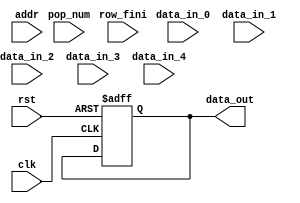
module Mem_5_in(data_out, addr, clk, rst, pop_num, row_fini,
                data_in_0,  data_in_1,  data_in_2,  data_in_3,  data_in_4 
                );

parameter WORD_WIDTH = 16;
parameter ADDR_WIDTH = 3;
parameter RAM_DEPTH  = (1 << ADDR_WIDTH);

parameter FILENAME = "C:/Users/Administrator/Desktop/DNN/Vcode/mem.dat";


input  [ADDR_WIDTH - 1 : 0]addr;
input  [WORD_WIDTH - 1 : 0]data_in_0;
input  [WORD_WIDTH - 1 : 0]data_in_1;
input  [WORD_WIDTH - 1 : 0]data_in_2;
input  [WORD_WIDTH - 1 : 0]data_in_3;
input  [WORD_WIDTH - 1 : 0]data_in_4;
input clk, rst;
input [2:0]pop_num;
input row_fini;

output [WORD_WIDTH - 1 : 0]data_out;

reg [WORD_WIDTH -1 : 0]data_out;

// reg [1:0]cnt;
reg [WORD_WIDTH -1:0] mem [0 : RAM_DEPTH - 1];

// initial begin
//     $readmemb(FILENAME, mem);
// end


always @(posedge clk or posedge rst) begin
    if (rst) begin
        data_out <= 0;
        // pop_num  <= 0;  
        // addr     <= 0;    
    end
    else if (pop_num == 3'b1) begin
        mem[addr] <= data_in_4; 
    end
    else if (pop_num == 3'd2) begin
        mem[addr] <= data_in_4;
        mem[addr + 3'd1] <= data_in_3;
    end
    else if (pop_num == 3'd3) begin
        mem[addr] <= data_in_4;
        mem[addr + 3'd1] <= data_in_3;
        mem[addr + 3'd2] <= data_in_2;
    end
    else if (pop_num == 3'd4) begin
        mem[addr] <= data_in_4;
        mem[addr + 3'd1] <= data_in_3;
        mem[addr + 3'd2] <= data_in_2;
        mem[addr + 3'd3] <= data_in_1;
    end
    else if (pop_num >= 3'd5) begin
        mem[addr] <= data_in_4;
        mem[addr + 3'd1] <= data_in_3;
        mem[addr + 3'd2] <= data_in_2;
        mem[addr + 3'd3] <= data_in_1;
        mem[addr + 3'd4] <= data_in_0;
    end
    // addr <= addr + pop_num;
end

always @(posedge row_fini)begin
    mem[addr] <= data_in_4;
    mem[addr + 3'd1] <= data_in_3;
    mem[addr + 3'd2] <= data_in_2;
    mem[addr + 3'd3] <= data_in_1;
    mem[addr + 3'd4] <= data_in_0;
end

endmodule